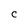
Character: C